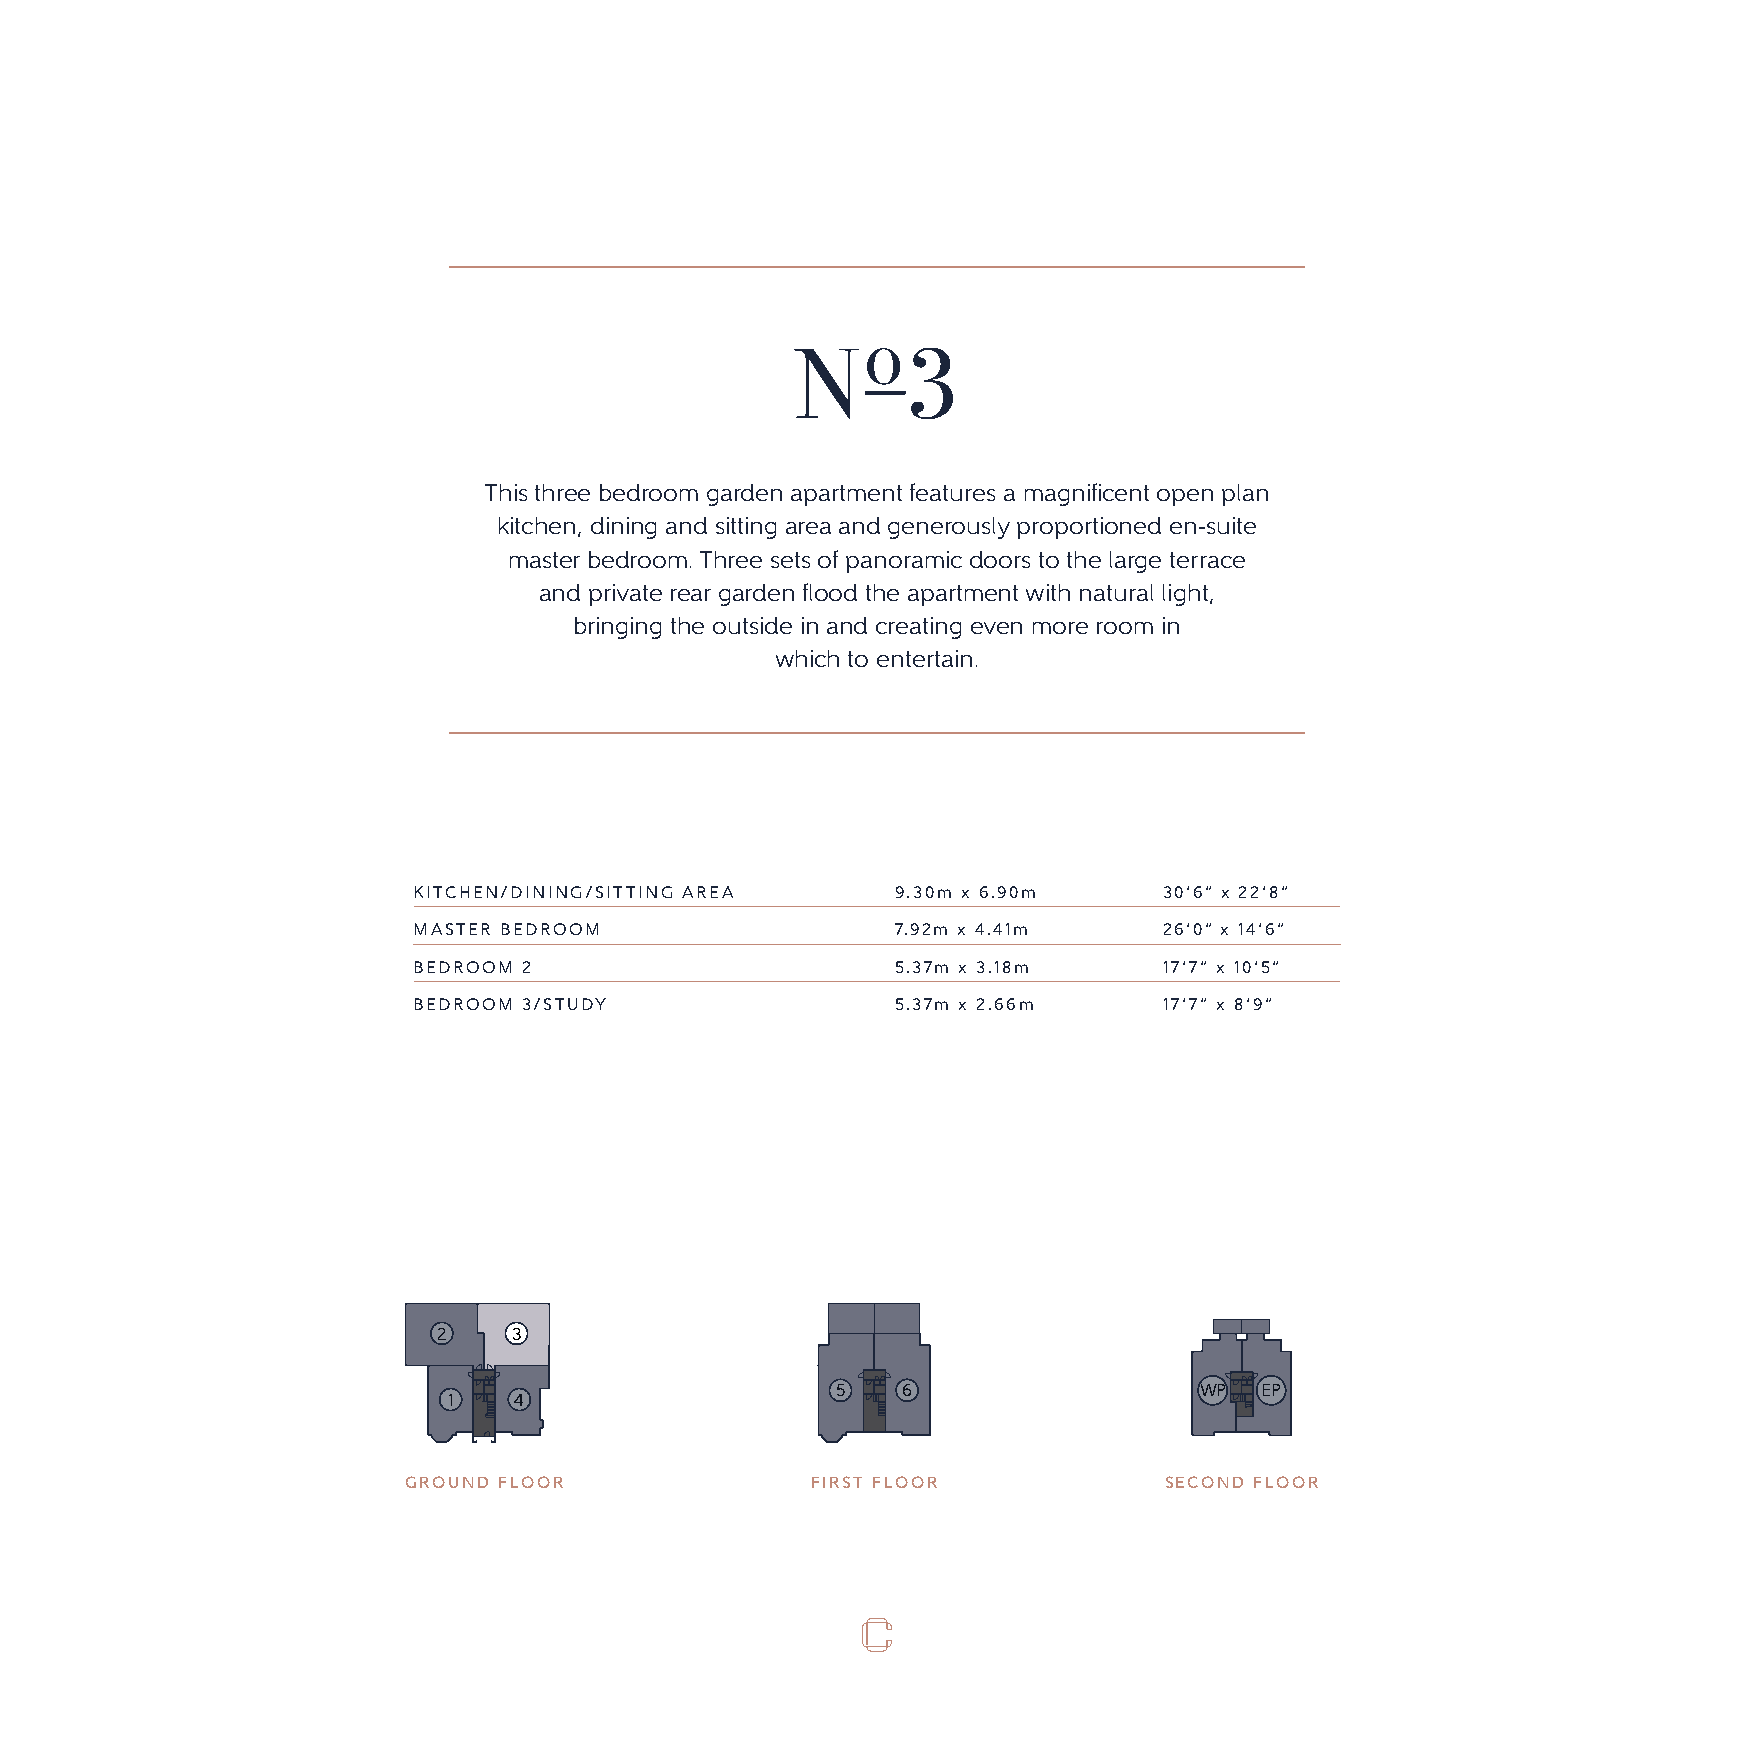
o
 N      3
 This three bedroom garden apartment features a magnificent open plan
 kitchen, dining and sitting area and generously proportioned en-suite
 master bedroom. Three sets of panoramic doors to the large terrace
 and private rear garden flood the apartment with natural light,
 bringing the outside in and creating even more room in
 which to entertain.
 KITCHEN/DINING/SITTING AREA     9.30m x 6.90m     30’6” x 22’8”
 MASTER BEDROOM                  7.92m x 4.41m     26’0” x 14’6”
 BEDROOM 2                       5.37m x 3.18m     17’7” x 10’5”
 BEDROOM 3/STUDY                 5.37m x 2.66m     17’7” x 8’9”
 2    33   2    3    2    3
 5   6     5   WW6PP EP 5 WW6PP EP WP  EP
 1   4     11  4     11  4
 GROUND FLOORGROUND FFILROSOT RGFRLOOOUNRD FFLIORSOTSR EFCLOONODR FLFOIROSRTS FELCOOONRD FLOORSECOND FLOOR